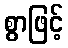
စွာဖြင့်